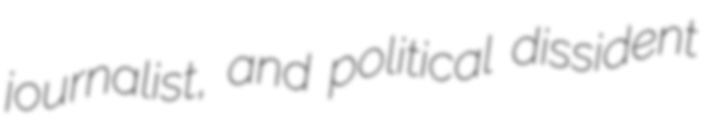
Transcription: journalist, and political dissident